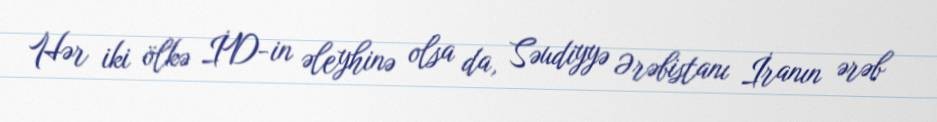
Hər iki ölkə İD-in əleyhinə olsa da, Səudiyyə Ərəbistanı İranın ərəb